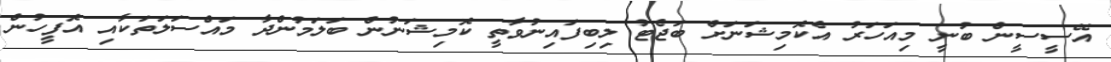
އޭސީސީން ބުނީ މިއަހަރު އެކޮމިޝަނަށް ބަޖެޓު ލިބިފައިނުވާތީ ކޮމިޝަނުން ބަލަމުންދާ މައްސަލަތަކާއި އޮފީހުން